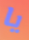
يا